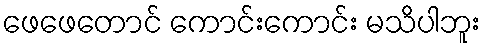
ဖေဖေတောင် ကောင်းကောင်း မသိပါဘူး